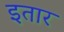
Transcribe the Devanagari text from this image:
इतार